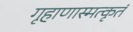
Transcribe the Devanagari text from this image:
गृहाणास्मत्कृतं